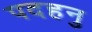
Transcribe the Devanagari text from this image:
पदहनु